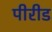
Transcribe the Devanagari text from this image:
पीरीड